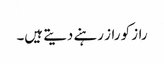
راز کو راز رہنے دیتے ہیں۔